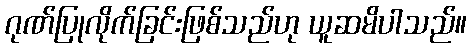
ဂုဏ်ပြုလိုက်ခြင်းဖြစ်သည်ဟု ယူဆမိပါသည်။